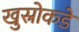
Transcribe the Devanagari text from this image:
खुस्रोकडे